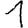
Digit: 1